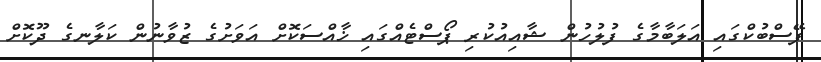
ފޭސްބުކްގައި އަލަބާމާގެ ފުލުހުން ޝާއިއުކުރި ޕޯސްޓެއްގައި ޚާއްސަކޮށް އަވަށުގެ ޒުވާނުން ކަލާނގެ ދޫކޮށް